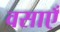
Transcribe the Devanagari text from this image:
वसाएँ